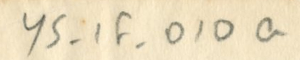
YS-1F-010a